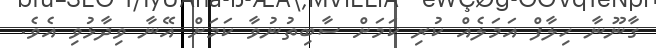
ގާނޫނާ ހިލާފް އަމަލެއް ކުރި ކަމަށް ސާބިތުނުވާ ކަމަށް އޭނާ ވިދާޅުވި އެވެ.